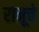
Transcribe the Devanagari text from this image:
रामूचे